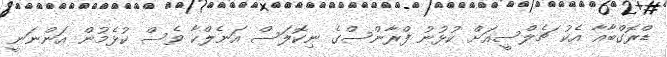
ޑްރޮގްބާއާ އެކު ޗެލްސީއަށް ކުޅުނު ފްރާންސްގެ ނިކޮލަސް އަނެލްކާ ވެސް ކުޅެމުން އަންނަނީ